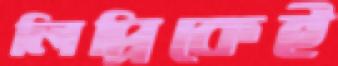
লিপ্পিকেই